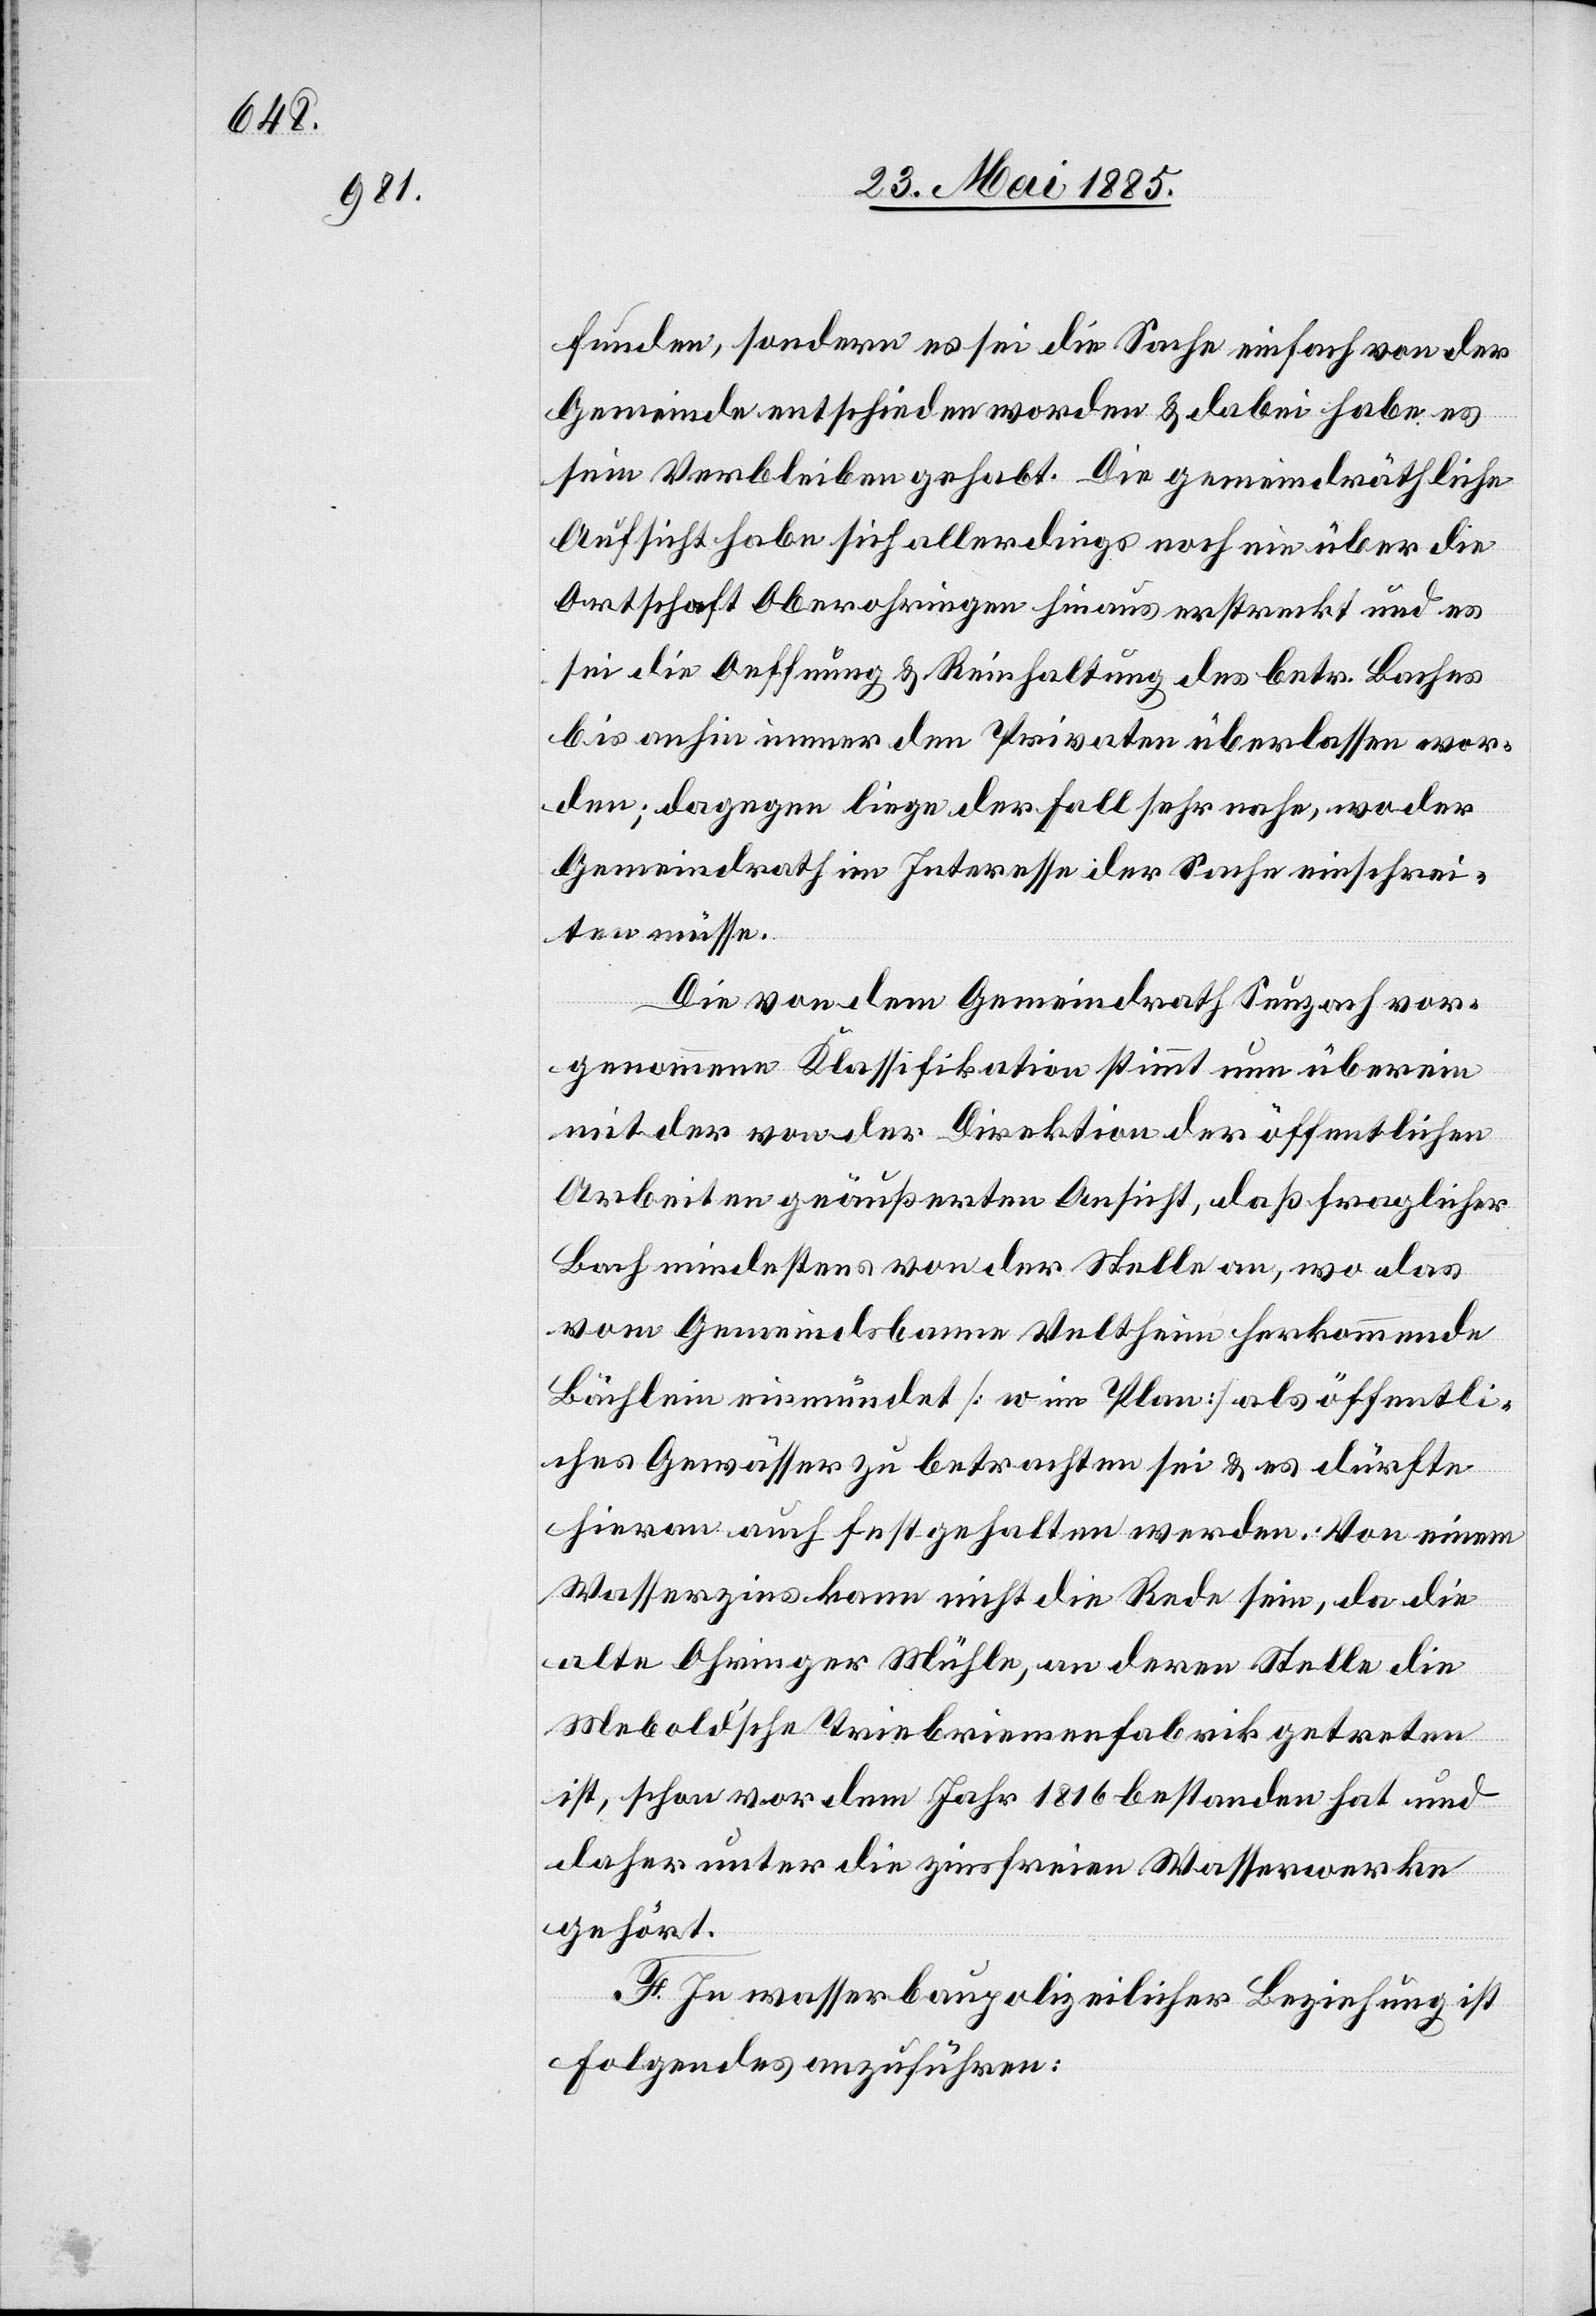
funden, sondern es sei die Sache einfach von der
Gemeinde entschieden worden & dabei habe es
sein Verbleiben gehabt. Die gemeindräthliche
Aufsicht habe sich allerdings noch nie über die
Ortschaft Oberohringen hinaus erstreckt und es
sei die Oeffnung & Reinhaltung des betr. Baches
bis anhin immer den Privaten überlassen wor¬
den; dagegen liege der Fall sehr nahe, wo der
Gemeindrath im Interesse der Sache einschrei¬
ten müsse.
Die von dem Gemeindrath Seuzach vor¬
genommene Klassifikation stimmt nun überein
mit der von der Direktion der öffentlichen
Arbeiten geäußerten Ansicht, daß fraglicher
Bach mindestens von der Stelle an, wo das
vom Gemeindsbanne Veltheim herkommende
Bächlein einmündet [w im Plan] als öffentli¬
ches Gewässer zu betrachten sei & es dürfte
hieran auch festgehalten werden: Von einem
Wasserzins kann nicht die Rede sein, da die
alte Ohringer Mühle, an deren Stelle die
Mebold’sche Triebriemenfabrik getreten
ist, schon vor dem Jahr 1816 bestanden hat und
daher unter die zinsfreien Wasserwerke
gehört.
F. In wasserbaupolizeilicher Beziehung ist
folgendes anzuführen: